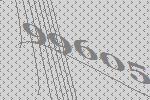
99605